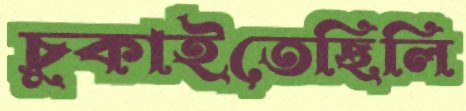
চুকাইতেছিলি